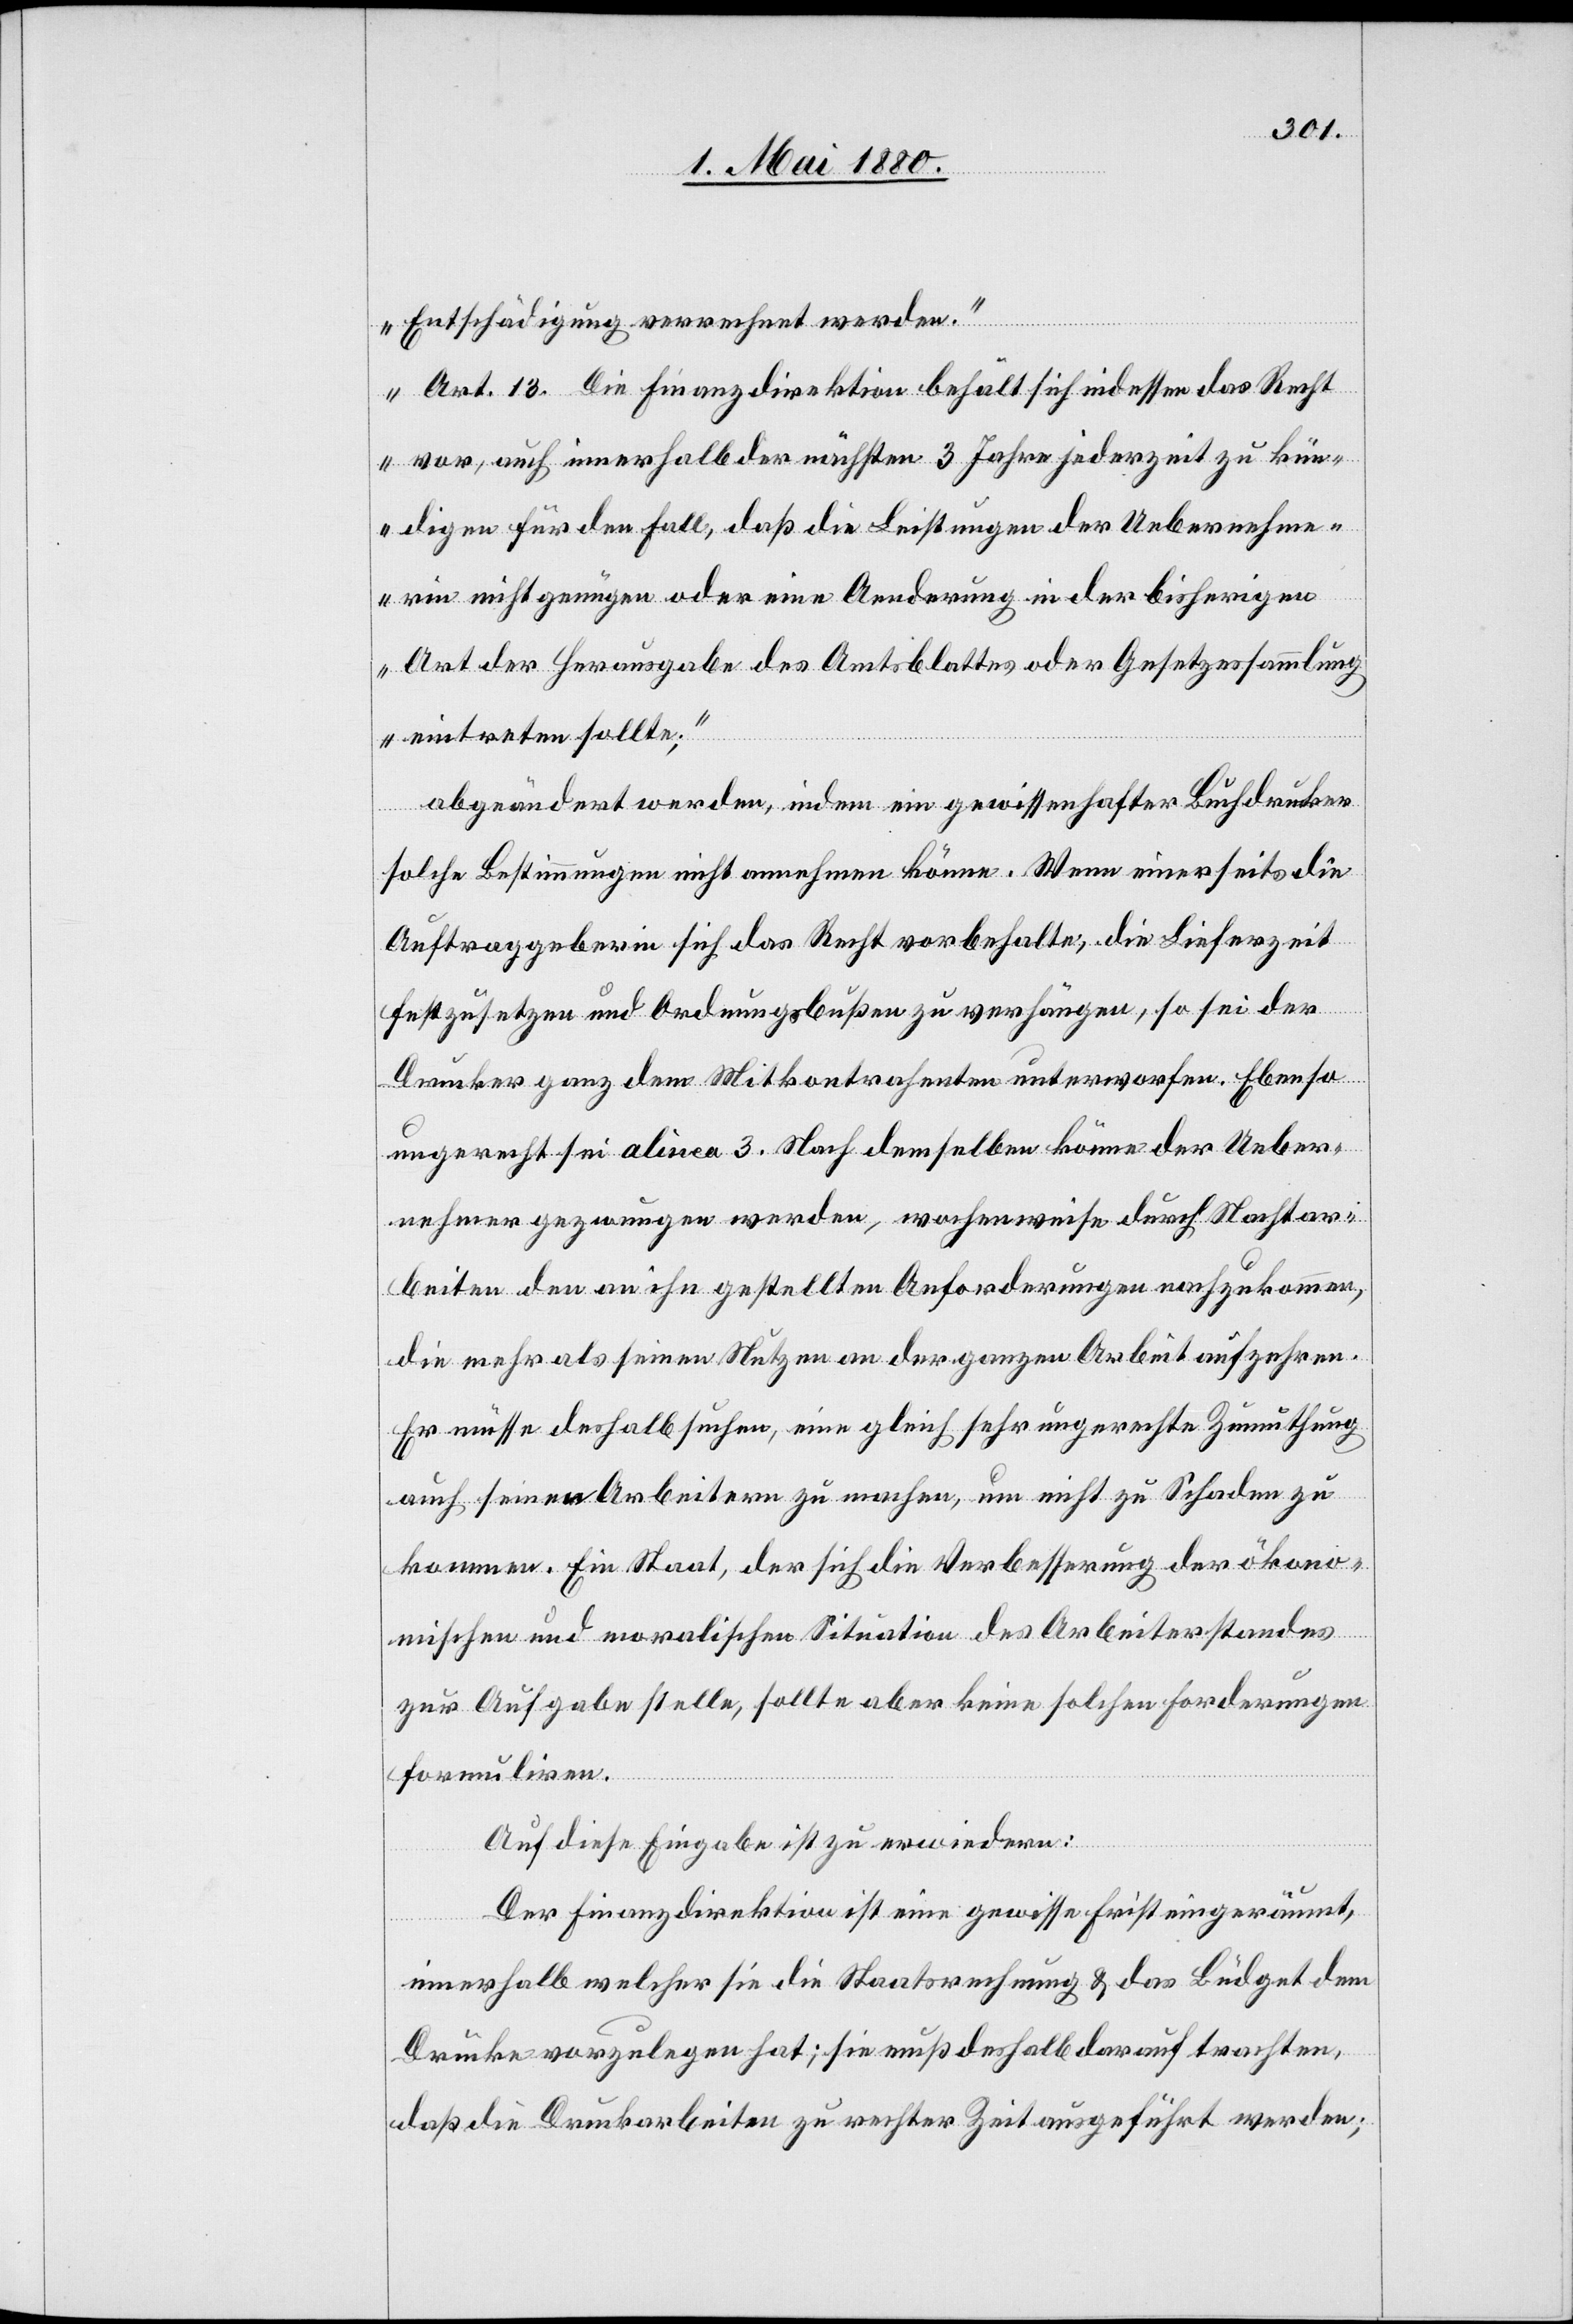
Entschädigung verrechnet werden.
Art. 13. Die Finanzdirektion behält sich indessen das Recht
vor, auch innerhalb der nächsten 3 Jahre jederzeit zu kün¬
digen für den Fall, daß die Leistungen der Uebernehme¬
rin nicht genügen oder eine Aenderung in der bisherigen
Art der Herausgabe des Amtsblattes oder Gesetzessammlung
eintreten sollte;“
abgeändert werden, indem ein gewissenhafter Buchdrucker
standes
solche Bestimmungen nicht annehmen könne. Wenn einerseits die
Auftraggeberin sich das Recht vorbehalte, die Lieferzeit
festzusetzen und Ordnungsbußen zu verhängen, so sei der
Druck ganz dem Mitkontrahenten unterworfen. Ebenso
ungerecht sei alinea 3. Nach demselben könne der Ueber¬
nehmer gezwungen werden, wochenweise durch Nachtar¬
beit den an ihn gestellten Anforderungen nachzukommen,
die mehr als seinen Nutzen an der ganzen Arbeit aufzehren.
Er müsse deshalb suchen, eine gleich sehr ungerechte Zumuthung
auch seinen Arbeitern zu machen, um nicht zu Schaden zu
kommen. Ein Staat, der sich die Verbesserung des Arbeiter¬
zur Aufgabe stelle, sollte aber keine solchen Forderungen
formuliren.
Auf diese Eingabe ist zu erwiedern:
Der Finanzdirektion ist eine gewisse Frist eingeräumt,
innerhalb welcher sie die Staatsrechnung & das Büdget dem
Drucke vorzulegen hat; sie muß deshalb darauf trachten,
daß die Druckarbeiten zu rechter Zeit ausgeführt werden;